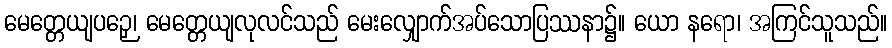
မေတ္တေယျပဉှေ၊ မေတ္တေယျလုလင်သည် မေးလျှောက်အပ်သောပြဿနာ၌။ ယော နရော၊ အကြင်သူသည်။